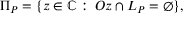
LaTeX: \Pi _ { P } = \{ z \in \mathbb { C } \, \colon \, O z \cap L _ { P } = \varnothing \} ,